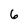
Character: 6